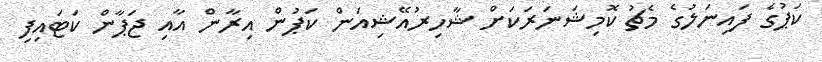
ކަޕުގެ ފައިނަލުގެ މެޗު ކޮމިޝަނަރަކަށް ޝާހިރުއޭޝިއަން ކަޕުން އިރާން އާއި ޖަޕާން ކަޓައިފި